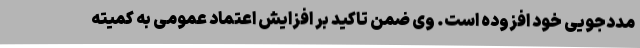
مددجویی خود افزوده است. وی ضمن تاکید بر افزایش اعتماد عمومی به کمیته